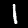
Label: 1